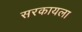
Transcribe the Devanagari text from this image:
सरकायला